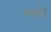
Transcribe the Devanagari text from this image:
मसोई